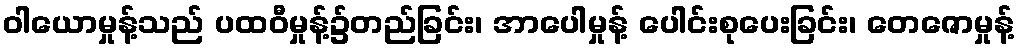
ဝါယောမှုန့်သည် ပထဝီမှုန့်၌တည်ခြင်း၊ အာပေါမှုန့် ပေါင်းစုပေးခြင်း၊ တေဇောမှုန့်